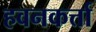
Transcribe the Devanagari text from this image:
हवनकर्त्ता